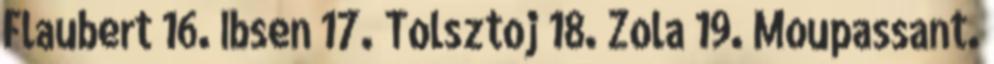
Flaubert 16. Ibsen 17. Tolsztoj 18. Zola 19. Moupassant.